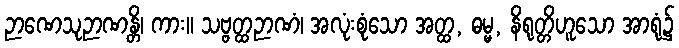
ဉာဏေသုဉာဏန္တိ၊ ကား။ သဗ္ဗတ္ထဉာဏံ၊ အလုံးစုံသော အတ္ထ, ဓမ္မ, နိရုတ္တိဟူသော အာရုံ၌